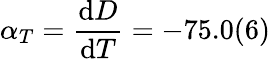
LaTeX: \alpha_{T}=\frac{\mathrm{d}D}{\mathrm{d}T}=-75.0(6)